Source: Handwritten
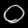
Digit: ၀ (0)